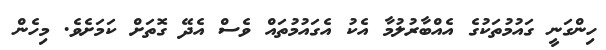
ހިންގަނީ ގައުމުތަކުގެ އެއްބާރުލުމާ އެކު އެގައުމުތައް ވެސް އެދޭ ގޮތަށް ކަމަށެވެ. މިހެން